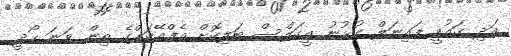
އަދި ގައުމީ ފައިނަލް ކުޅުނު އީގަލްސް ބަލިކޮށް އެފްއޭކަޕްގެ ތިން ވަނަ ހޯދީ